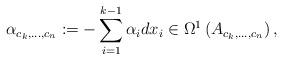
LaTeX: \begin{align*}\alpha_{c_k,...,c_n} := - \sum_{i=1}^{k-1} \alpha_i dx_i \in \Omega^1\left(A_{c_k,...,c_n} \right),\end{align*}